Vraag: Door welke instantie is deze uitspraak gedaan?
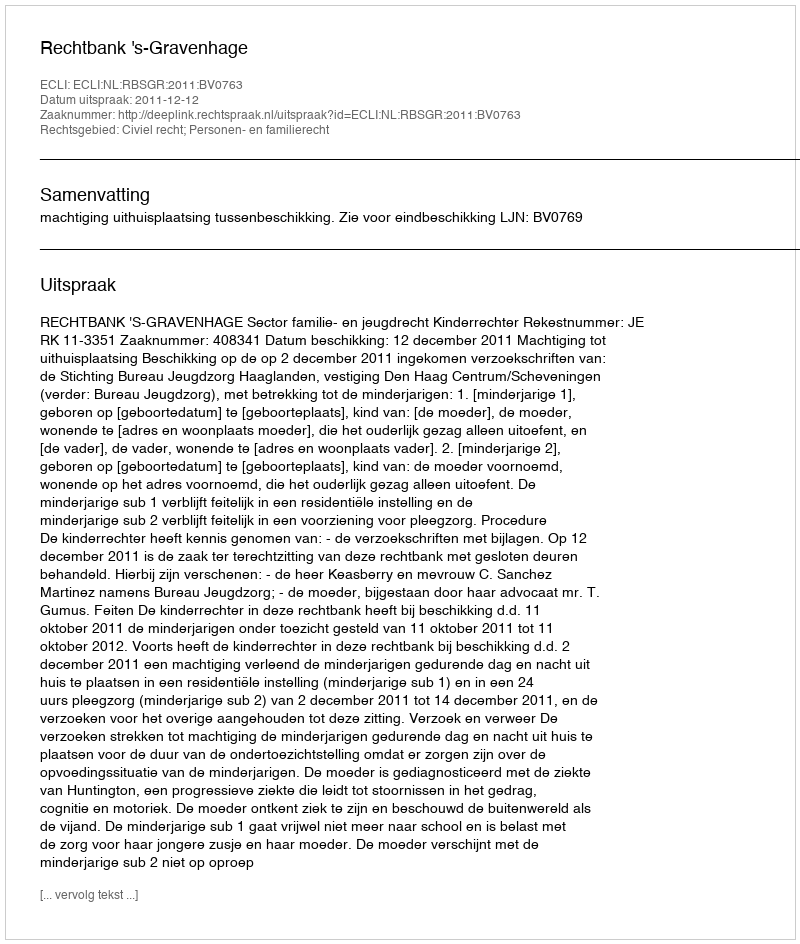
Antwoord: Rechtbank 's-Gravenhage